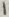
Text: 1